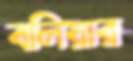
বলিয়ার